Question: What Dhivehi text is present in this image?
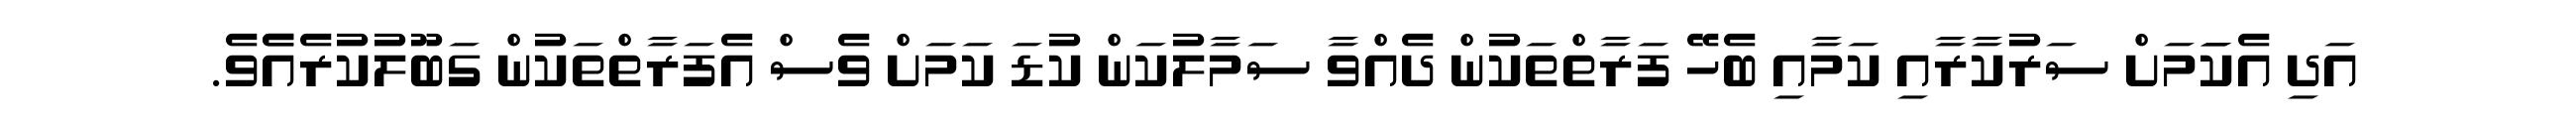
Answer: އަދި އެކަަމަށް ސަރުކާރާއި ކަމާއި ބެހޭ ފަރާތްތަކުން ދެއްވާ ސަމާލުކަން ކުޑަ ކަމަށް ވެސް އެފަރާތްތަކުން ގަބޫލުކުރެއެެވެ.